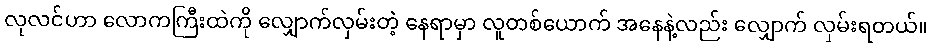
လုလင်ဟာ လောကကြီးထဲကို လျှောက်လှမ်းတဲ့ နေရာမှာ လူတစ်ယောက် အနေနဲ့လည်း လျှောက် လှမ်းရတယ်။